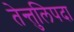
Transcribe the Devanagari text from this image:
तेन्तुलिपदा